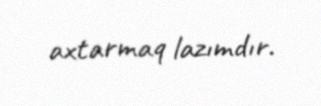
axtarmaq lazımdır.